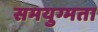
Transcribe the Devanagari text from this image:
समयुग्मता